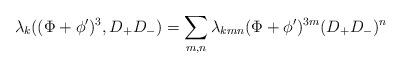
LaTeX: \begin{align*}\lambda_{k}((\Phi + \phi^{\prime} )^3,D_{+}D_{-})= \sum_{m,n} \lambda_{kmn} (\Phi + \phi^{\prime})^{3m} (D_{+}D_{-})^{n}\end{align*}